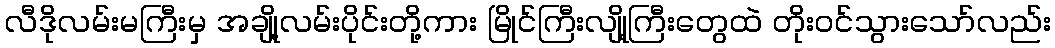
လီဒိုလမ်းမကြီးမှ အချို့လမ်းပိုင်းတို့ကား မြိုင်ကြီးလျို့ကြီးတွေထဲ တိုးဝင်သွားသော်လည်း